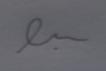
Signature authenticity: forged